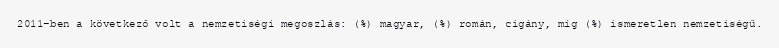
2011-ben a következő volt a nemzetiségi megoszlás: (%) magyar, (%) román, cigány, míg (%) ismeretlen nemzetiségű.